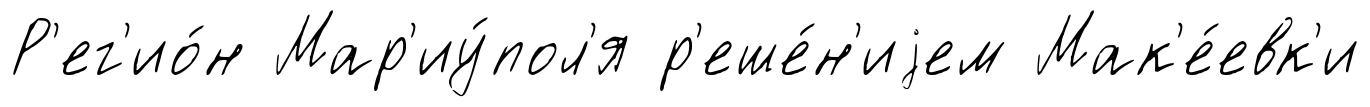
Р'ег'ио́н Мар'иу́пол'я р'еше́н'иjем Мак'е́евк'и